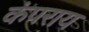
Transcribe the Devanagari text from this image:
कंपराय